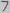
Text: 7